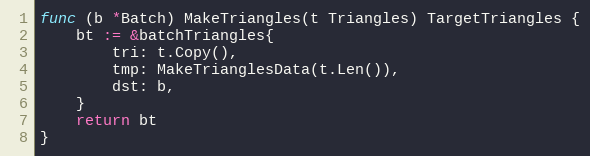
Language: Go
func (b *Batch) MakeTriangles(t Triangles) TargetTriangles {
	bt := &batchTriangles{
		tri: t.Copy(),
		tmp: MakeTrianglesData(t.Len()),
		dst: b,
	}
	return bt
}